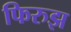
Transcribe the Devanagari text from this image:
फिरुझ